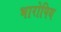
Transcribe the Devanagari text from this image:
भारोपिय